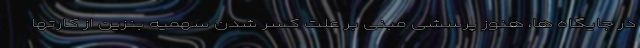
در جایگاه ها، هنوز پرسشی مبنی بر علت کسر شدن سهمیه بنزین از کارتها